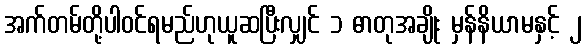
အက်တမ်တို့ပါဝင်ရမည်ဟုယူဆပြီးလျှင် ၁ ဓာတုအချိုး မှန်နိယာမနှင့် ၂